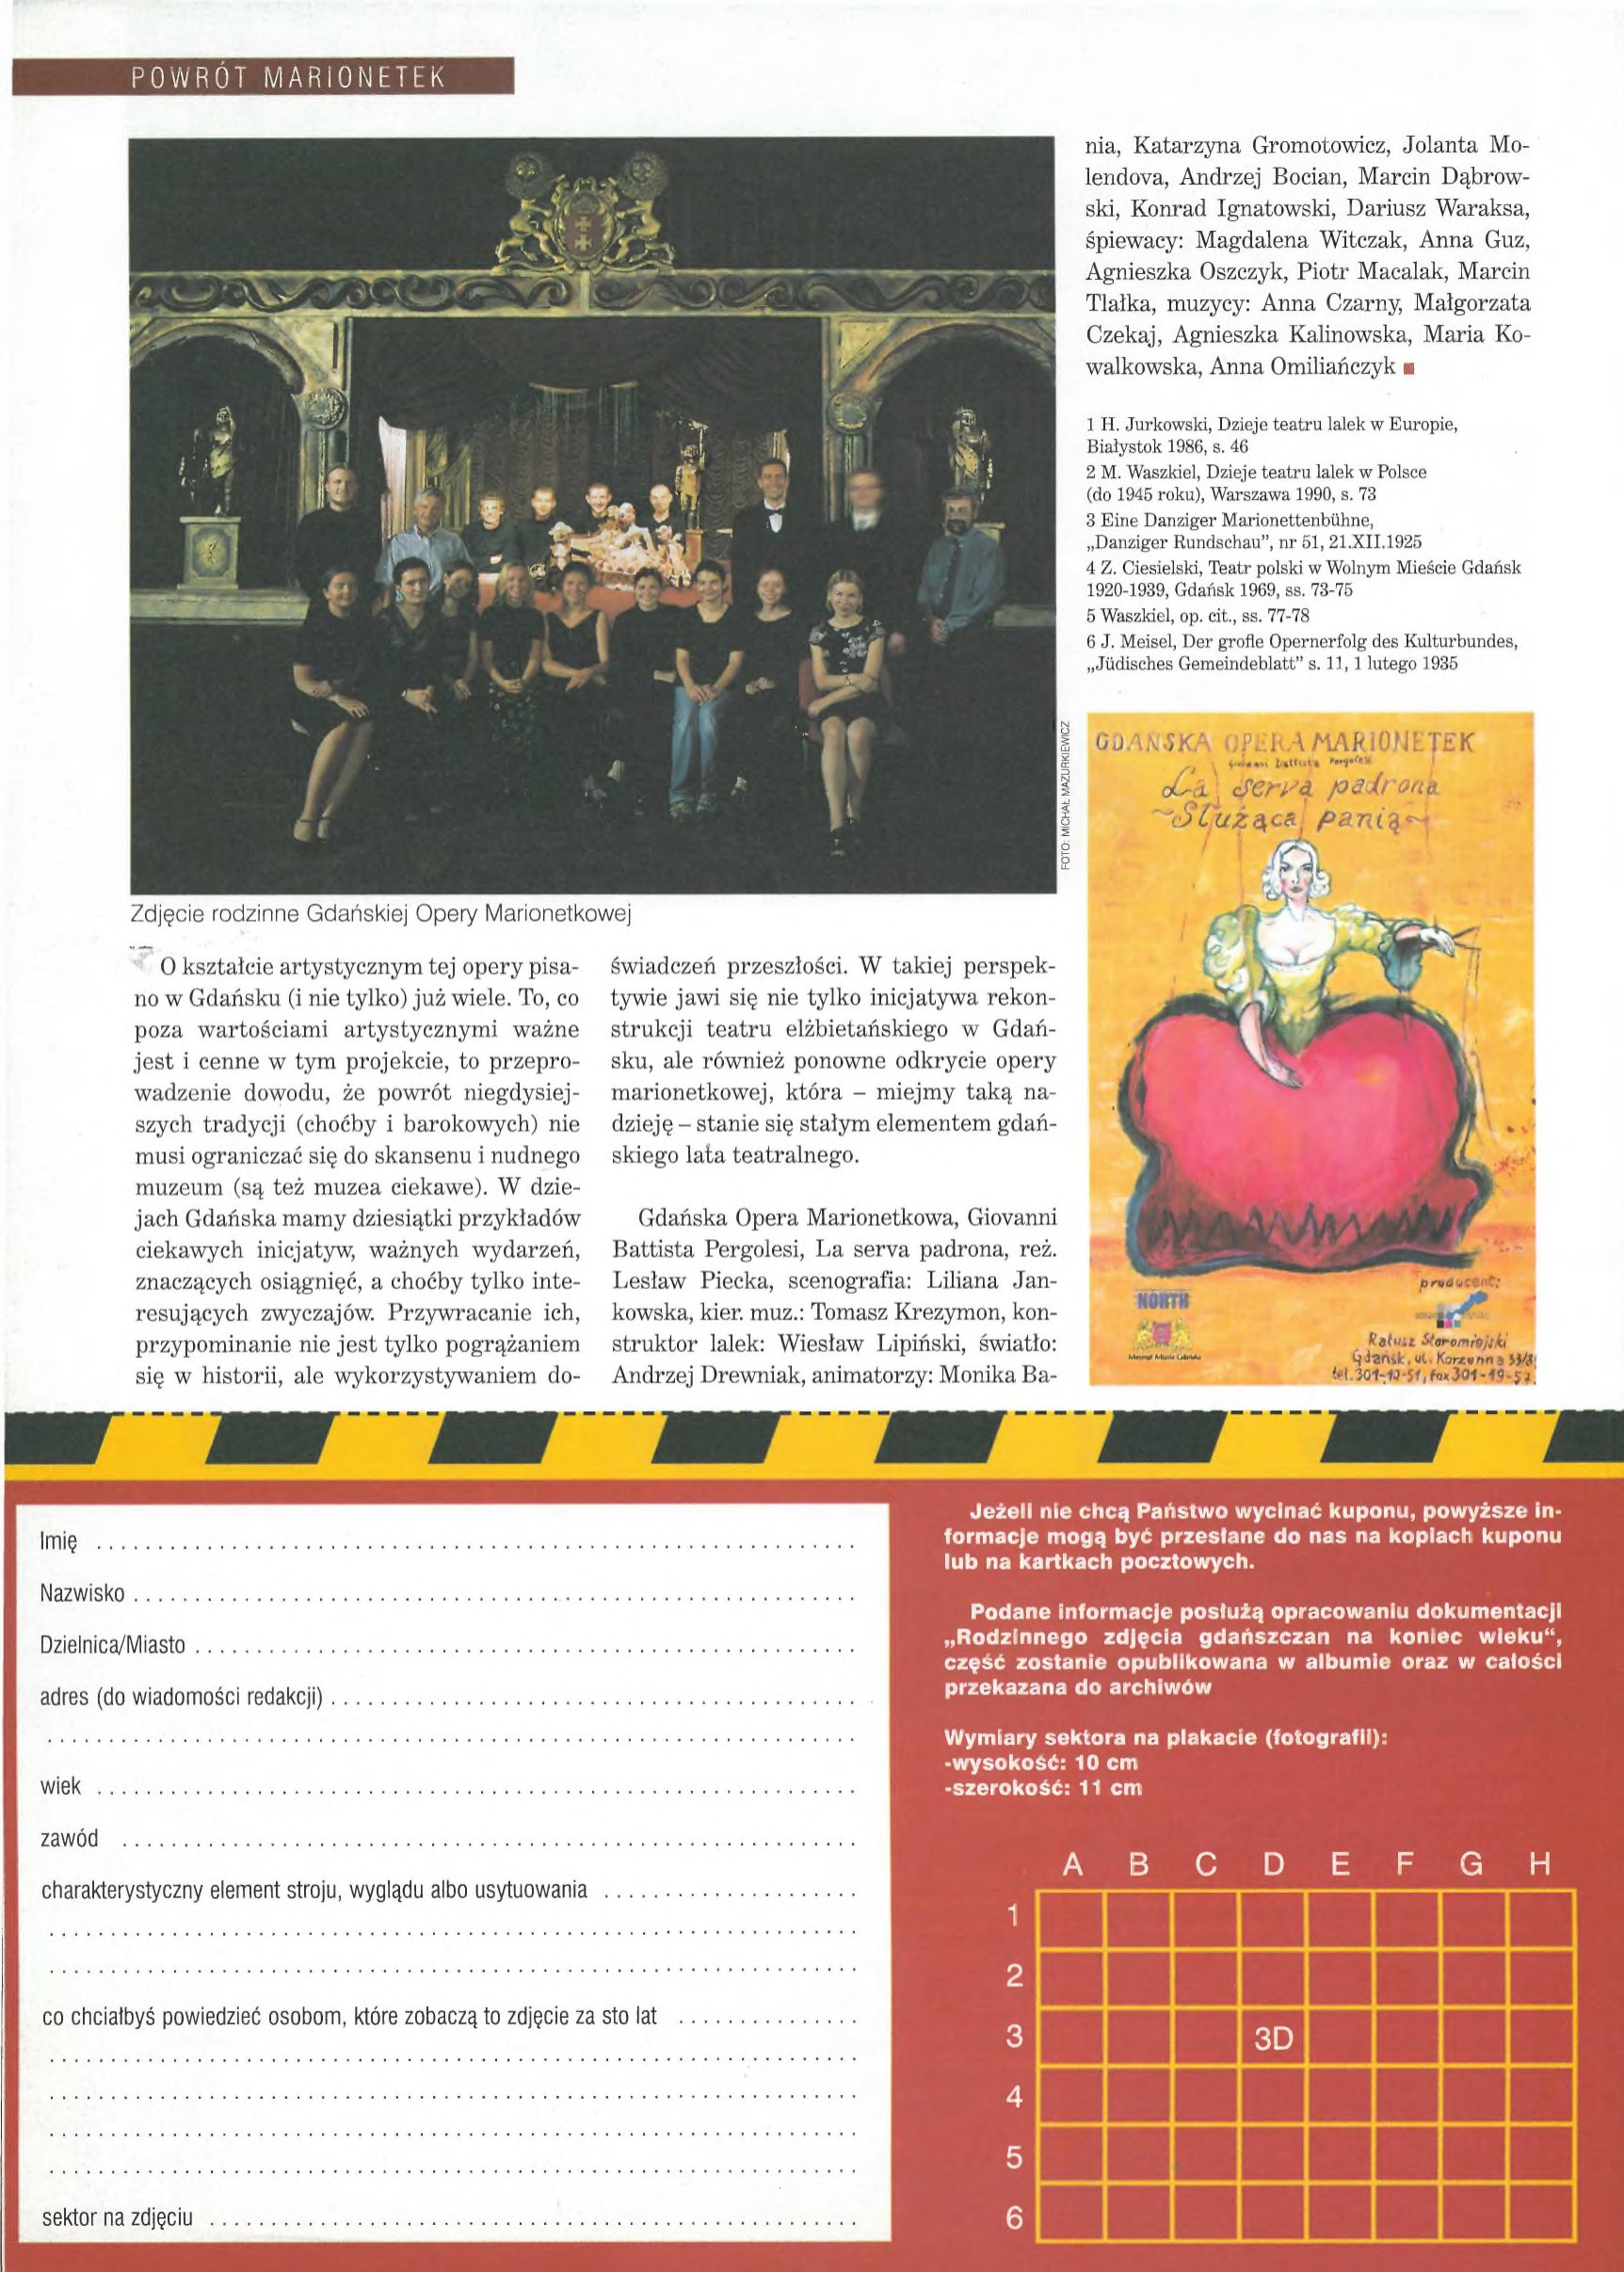
Language: pl